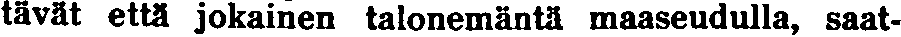
tavat että jokainen talonemäntä maaseudulla, saat-